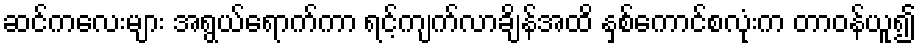
ဆင်ကလေးများ အရွယ်ရောက်ကာ ရင့်ကျက်လာချိန်အထိ နှစ်ကောင်စလုံးက တာဝန်ယူ၍